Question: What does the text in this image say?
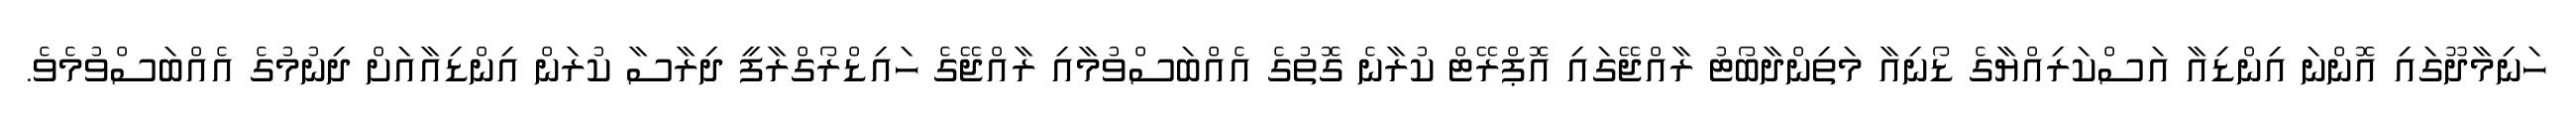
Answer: ހަނިމާދޫގައި އޮންނަ އިންޑިއާ އަސްކަރިއްޔާގެ ޑޯނިއާ މަތިންދާބޯޓު ރާއްޖޭގައި އޮޕްރޭޓް ކުރާނެ ގޮތުގެ އެއްބަސްވުމާއި ރާއްޖޭގެ ހައިޑްރޯގްރާފީ ދިރާސާ ކުރަން އިންޑިއާއަށް ދިނުމުގެ އެއްބަސްވުމެވެ.